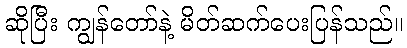
ဆိုပြီး ကျွန်တော်နဲ့ မိတ်ဆက်ပေးပြန်သည်။